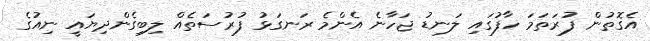
އެގޮތުން ފުރަތަމަ ހާފުގައި ލަނޑު ޖަހާނެ އެންމެ ރަނގަޅު ފުރުސަތެއް ލިބިގެންދިޔައީ ނިއުގެ